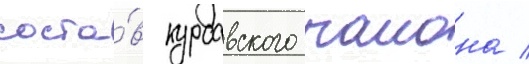
соста́в курсавского раиона /